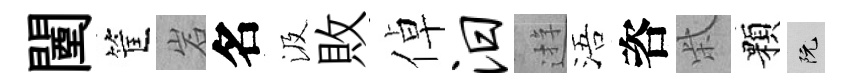
闉筐岩名汲敗倬汨逰浯咨柴顆阮